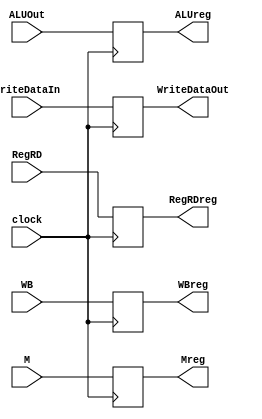
`timescale 1ns / 1ps
//////////////////////////////////////////////////////////////////////////////////
// Company: 
// Engineer: 
// 
// Design Name: 
// Module Name:    EX_MEM 
// Project Name: 
// Target Devices: 
// Tool versions: 
// Description: 
//
// Dependencies: 
//
// Revision: 
// Revision 0.01 - File Created
// Additional Comments: 
//
//////////////////////////////////////////////////////////////////////////////////
module EX_MEM(clock,WB,M,ALUOut,RegRD,WriteDataIn,Mreg,WBreg,ALUreg,RegRDreg,WriteDataOut); 
   input clock; 
   input [1:0] WB; 
   input [2:0] M; 
   input [4:0] RegRD; 
   input [31:0] ALUOut,WriteDataIn; 
   output [1:0] WBreg; 
   output [2:0] Mreg; 
   output [31:0] ALUreg,WriteDataOut; 
   output [4:0] RegRDreg; 
 
   reg [1:0] WBreg; 
   reg [2:0] Mreg; 
   reg [31:0] ALUreg,WriteDataOut; 
   reg [4:0] RegRDreg; 
    
   initial begin 
      WBreg=0; 
      Mreg=0; 
      ALUreg=0; 
      WriteDataOut=0; 
      RegRDreg=0; 
   end 
    
    
    always@(posedge clock) 
    begin 
        WBreg <= WB; 
        Mreg <= M; 
        ALUreg <= ALUOut; 
        RegRDreg <= RegRD; 
        WriteDataOut <= WriteDataIn; 
    end 
 
endmodule